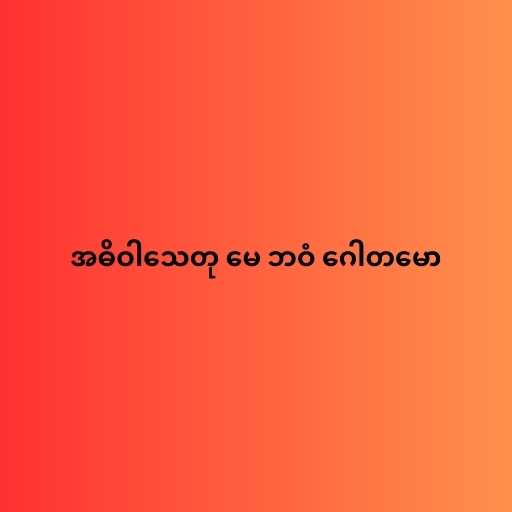
အဓိဝါသေတု မေ ဘဝံ ဂေါတမော